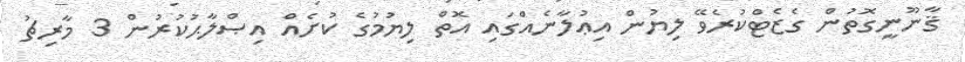
ޤާނޫނީގޮތުން ގެޒެޓްކުރެވޭ ލިޔުން އިޢުލާނެއްގައި އޮތް ލިޔުމުގެ ކުށެއް އިޞްލާޙުކުރުން 3 މާރިޗު